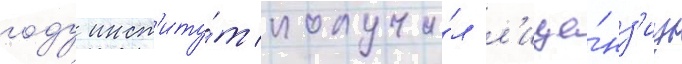
году инст'иту́т получи́л л'ице́нз'иу